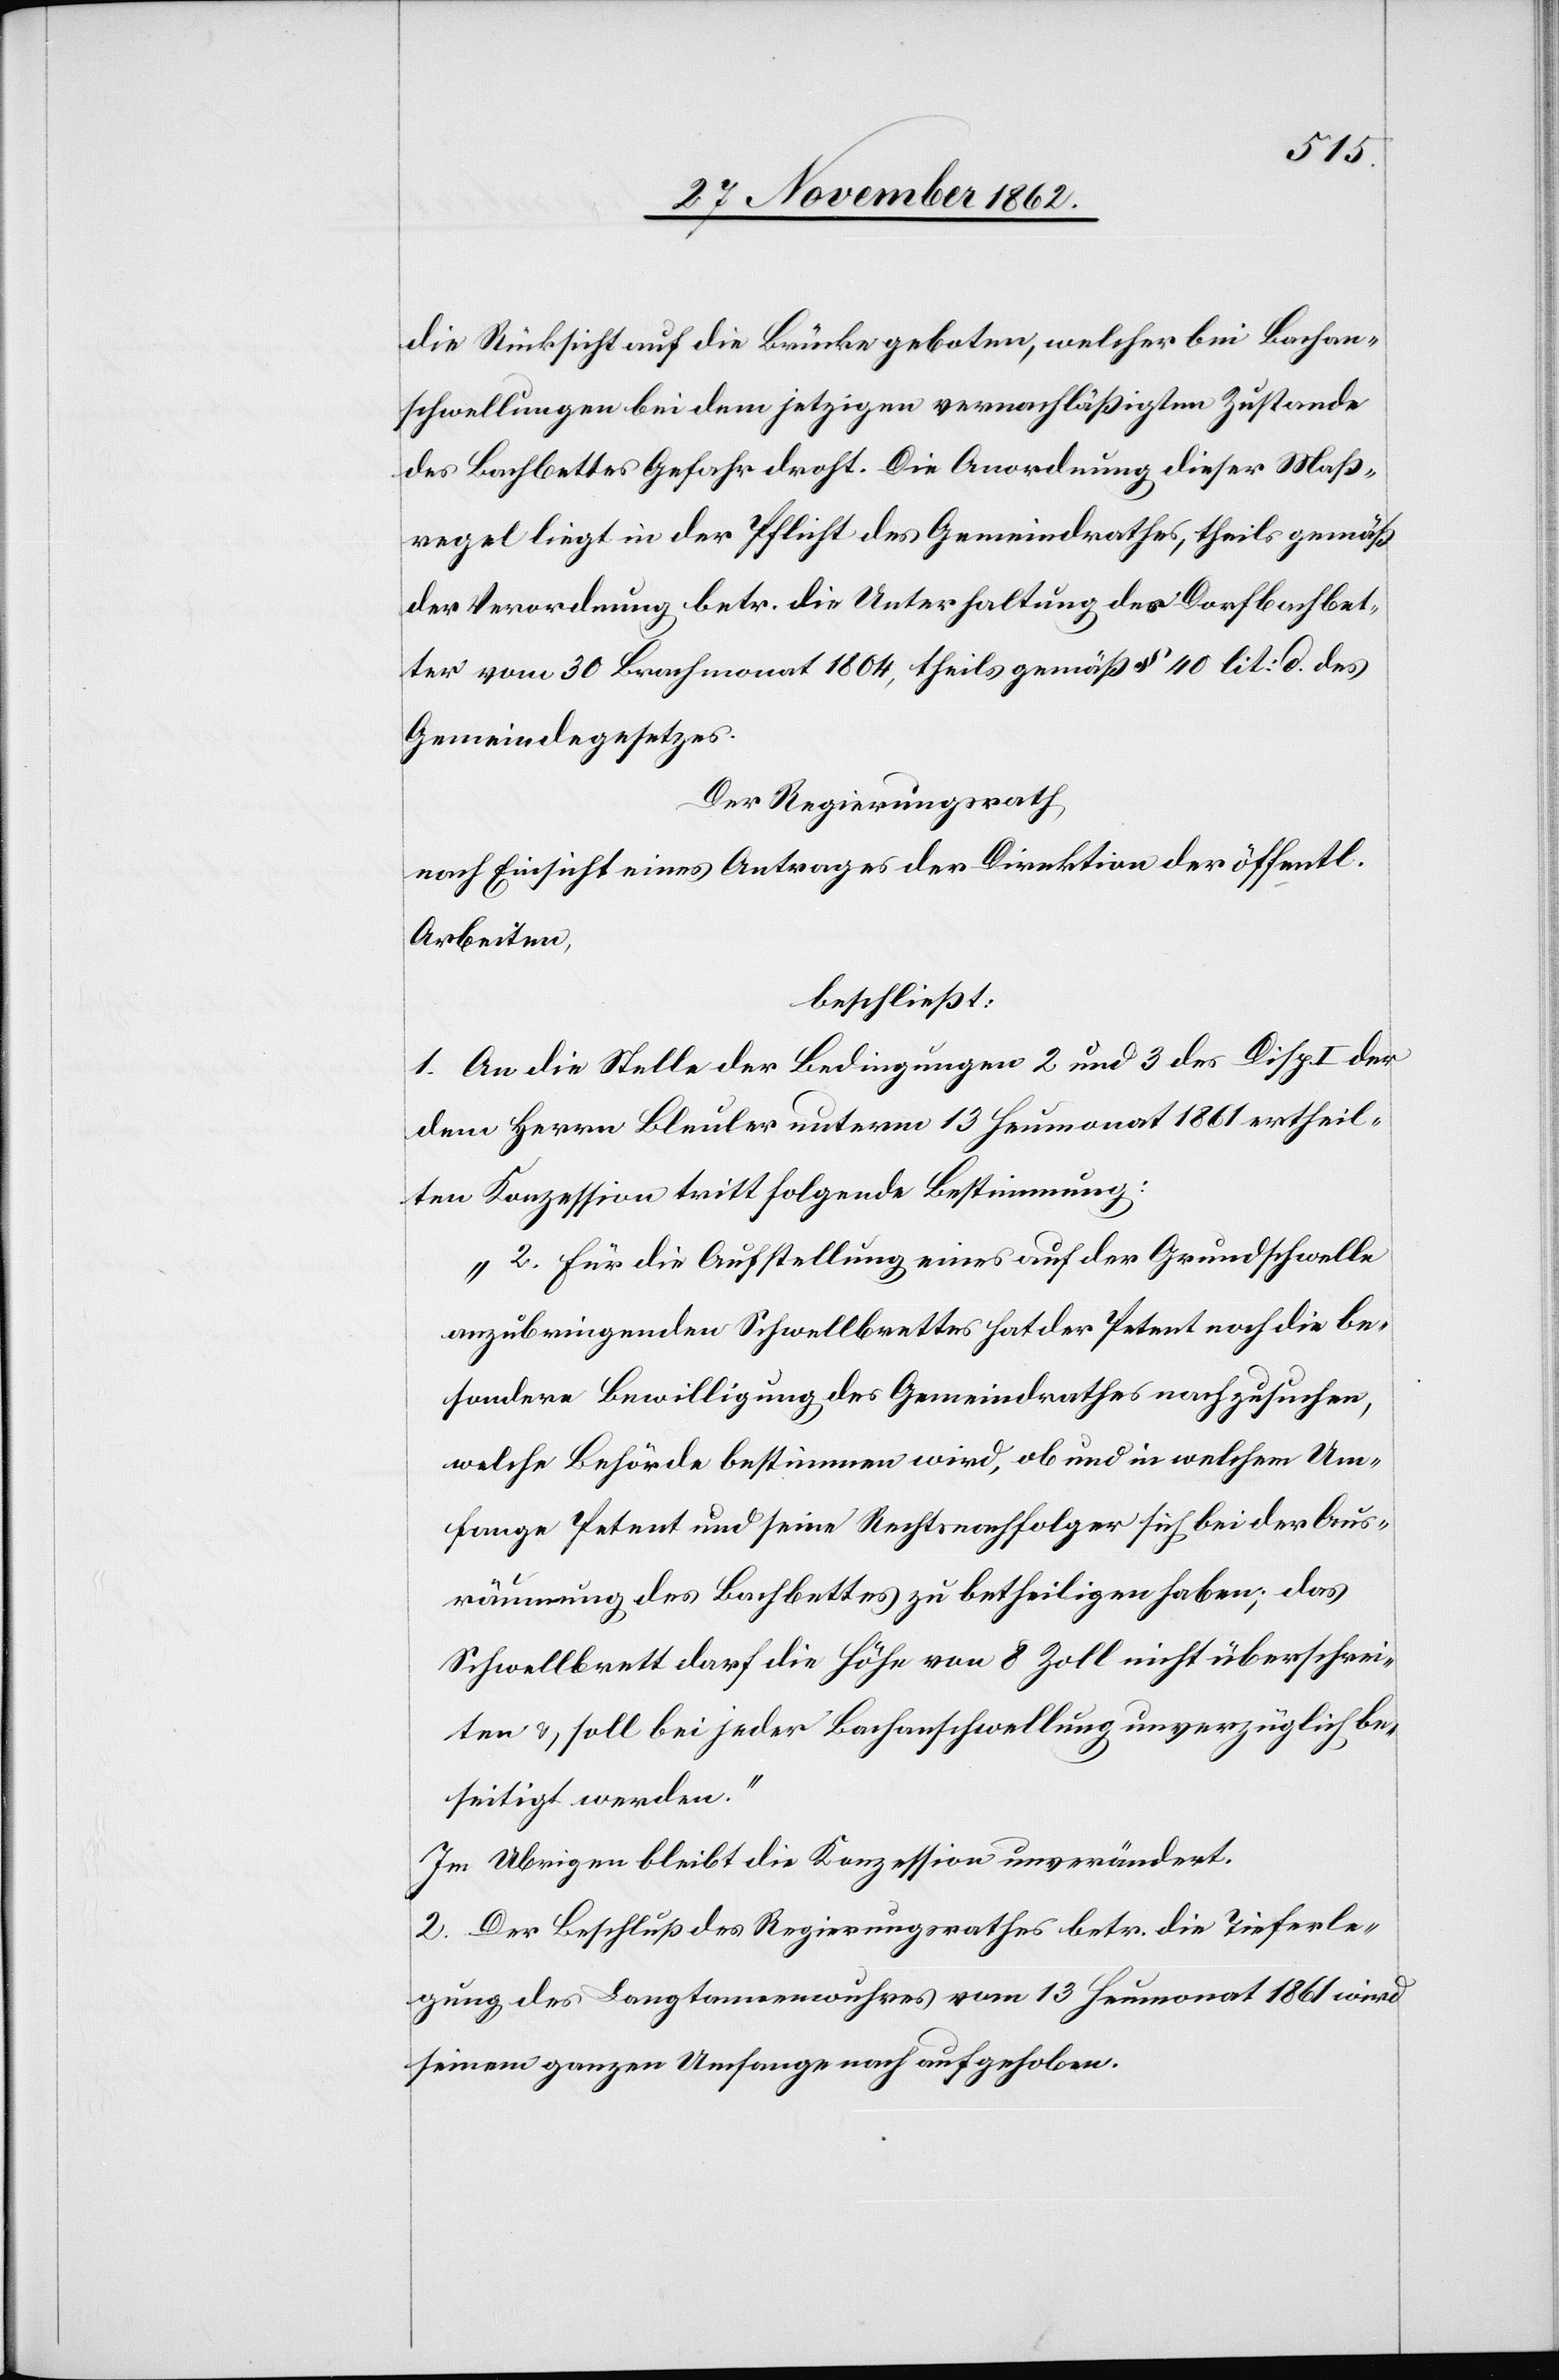
die Rücksicht auf die Brücke geboten, welcher bei Bachan¬
schwellungen bei dem jetzigen vernachläßigten Zustande
des Bachbettes Gefahr droht. Die Anordnung dieser Maß¬
regel liegt in der Pflicht des Gemeindrathes, theils gemäß
der Verordnung betr. die Unterhaltung des Dorfbachbet¬
tes vom 30. Brachmonat 1804, theils gemäß § 40 lit. d des
Gemeindegesetzes.
Der Regierungsrath,
nach Einsicht eines Antrages der Direktion der öffentl.
Arbeiten,
beschließt:
1. An die Stelle der Bedingungen 2 und 3 des Disp. I der
dem Herrn Bleuler unterm 13. Heumonat 1861 ertheil¬
ten Konzession tritt folgende Bestimmung:
„2. Für die Aufstellung eines auf der Grundschwelle
anzuringenden Schwellbrettes hat der Petent noch die be¬
sondere Bewilligung des Gemeindrathes nachzusuchen,
welche Behörde bestimmen wird, ob und in welchem Um¬
fange Petent und seine Rechtsnachfolger sich bei der Aus¬
räumung des Bachbettes zu betheiligen haben; das
Schwellbrett darf die Höhe von 8 Zoll nicht überschrei¬
ten u. soll bei jeder Bachanschwellung unverzüglich be¬
seitigt werden.“
Im Übrigen bleibt die Konzession unverändert.
2. Der Beschluß des Regierungsrathes betr. die Tieferle¬
gung des Langtannenwuhres vom 13. Heumonat 1861 wird
seinem ganzen Umfange nach aufgehoben.